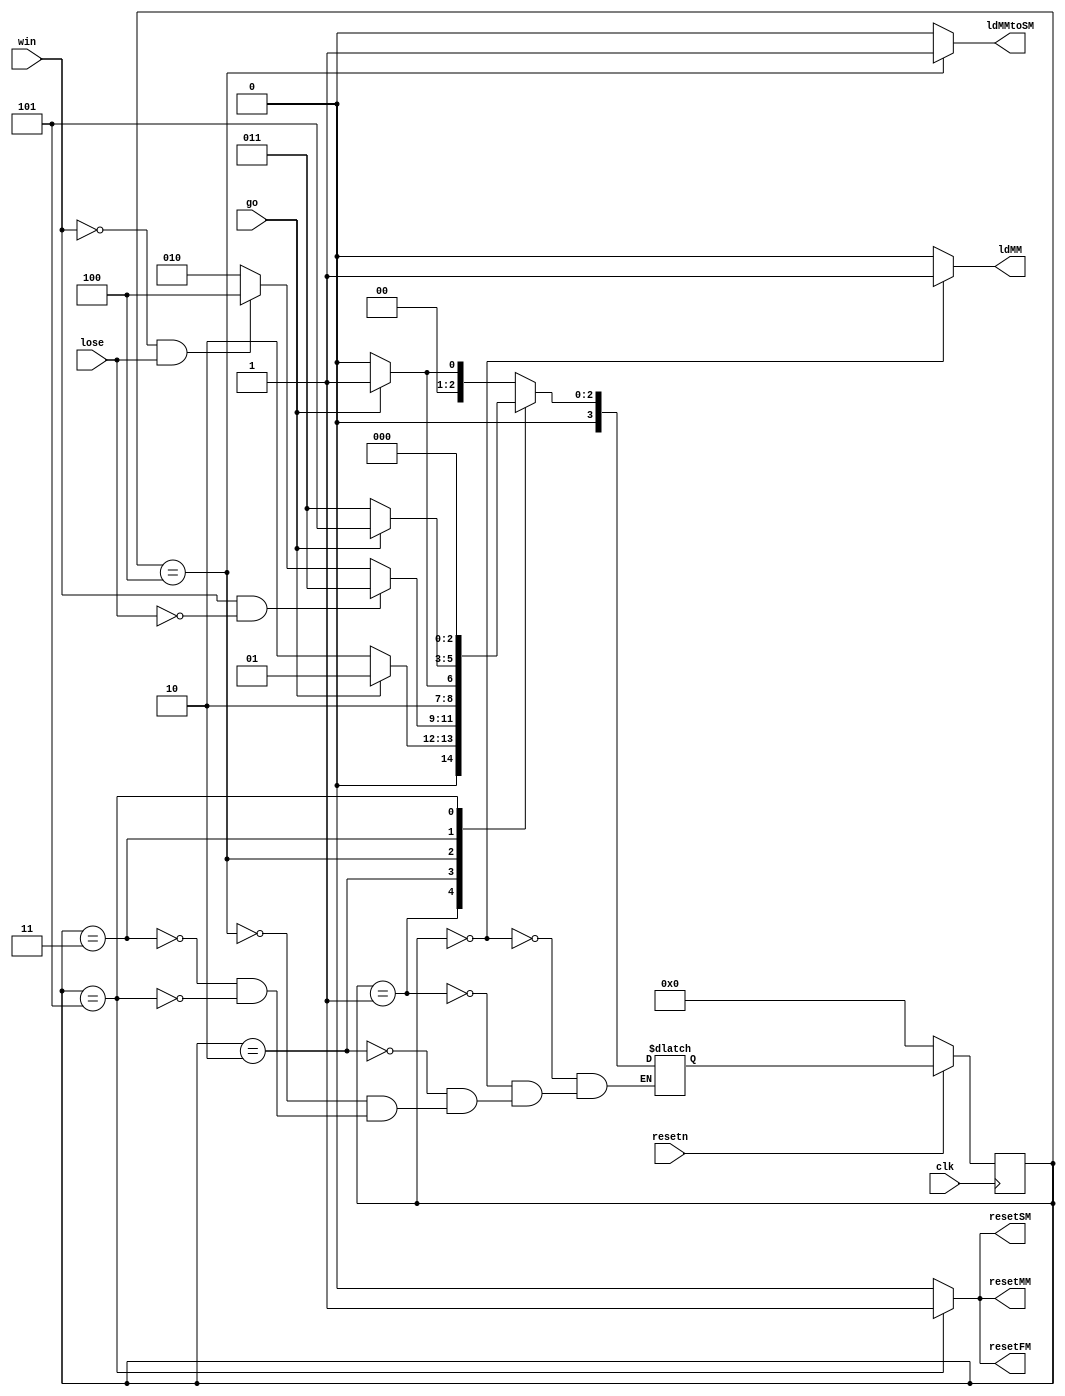
module control(
  input clk,
  input resetn,
  input go,
  input win,
  input lose,

  output reg ldMM, ldMMtoSM, resetMM, resetFM, resetSM
  );

  reg [3:0] current_state, next_state;

  localparam  S_LOAD_MM       = 4'd0,
              S_LOAD_MM_WAIT  = 4'd1,
              S_GAME_STATE    = 4'd2,
              S_GAME_WIN      = 4'd3,
              S_GAME_LOSE     = 4'd4,
              S_RESET         = 4'd5;

  always@(*)
  begin: state_table
          case (current_state)
            S_LOAD_MM:      next_state = go ? S_LOAD_MM_WAIT  : S_LOAD_MM;    // Loop in current state until game start
            S_LOAD_MM_WAIT: next_state = go ? S_LOAD_MM_WAIT  : S_GAME_STATE; // Loop in current state until go signal goes low
            S_GAME_STATE: begin
                            if(win == 1'b1 && lose == 1'b0)
                              next_state = S_GAME_WIN;
                            else if(win == 1'b0 && lose == 1'b1)
                              next_state = S_GAME_LOSE;
                            else
                              next_state = S_GAME_STATE;
                          end
            S_GAME_LOSE:    next_state = go ? S_RESET : S_GAME_LOSE;
            S_GAME_WIN:     next_state = go ? S_RESET : S_GAME_WIN;
            S_RESET:        next_state = S_LOAD_MM;
          endcase
  end // state_table

  // Output logic aka all of our datapath control signals
  always @(*)
  begin: enable_signals
      // By default make all our signals 0
      ldMM = 1'b0;
      ldMMtoSM = 1'b0;
      resetMM = 1'b0;
      resetFM = 1'b0;
      resetSM = 1'b0;

      case (current_state)
          S_LOAD_MM: begin
            ldMM = 1'b1;
            end
          S_GAME_LOSE: begin
            ldMMtoSM = 1'b1;
            end
          S_RESET: begin
            resetMM = 1'b1;
            resetFM = 1'b1;
            resetSM = 1'b1;
            end
      endcase
  end
// current_state registers
always@(posedge clk)
begin: state_FFs
    if(!resetn)
        current_state <= S_LOAD_MM;
    else
        current_state <= next_state;
end // state_FFS

endmodule